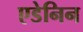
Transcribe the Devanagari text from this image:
एडेनिन